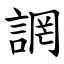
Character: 誷